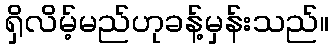
ရှိလိမ့်မည်ဟုခန့်မှန်းသည်။